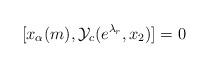
LaTeX: \begin{align*} [x_\alpha(m), {\cal Y}_c(e^{\lambda_r}, x_2)]=0\end{align*}